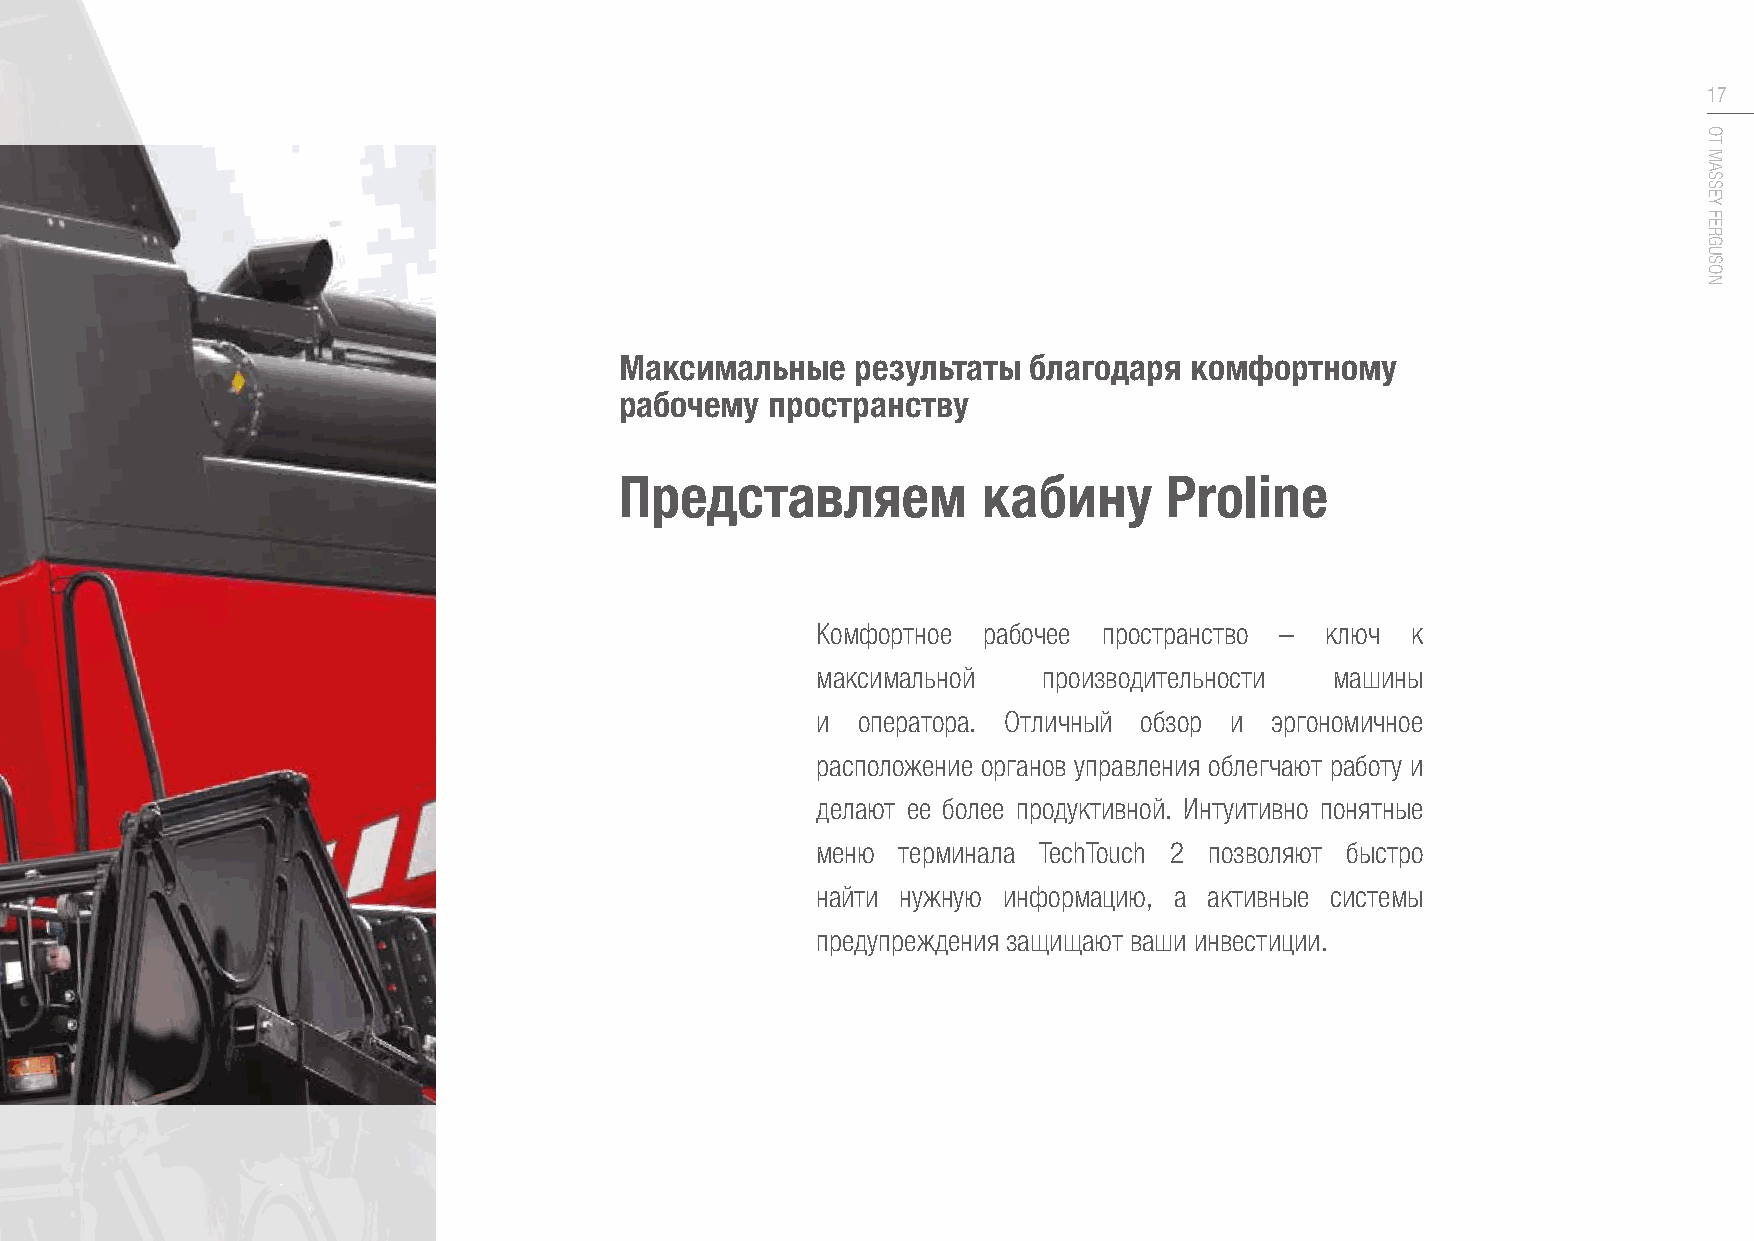
17
 Максимальные    результаты благодаря  комфортному
 рабочему  пространству
 Представляем            кабину      Proline
 Комфортное рабочее пространство – ключ к
 максимальной   производительности машины
 и  оператора. Отличный обзор и эргономичное
 расположение органов управления облегчают работу и
 делают ее более продуктивной. Интуитивно понятные
 меню терминала TechTouch 2 позволяют быстро
 найти нужную информацию, а активные системы
 предупреждения защищают ваши инвестиции.
 ОТ
 MASSEY
 FERGUSON